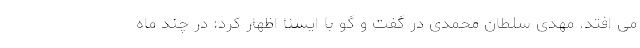
می افتد. مهدی سلطان محمدی در گفت و گو با ایسنا اظهار کرد: در چند ماه